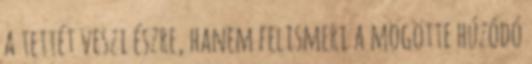
a tettét veszi észre, hanem felismeri a mögötte húzódó